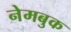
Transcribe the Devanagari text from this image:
नेमबुक